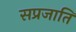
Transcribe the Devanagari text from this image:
सप्रजाति